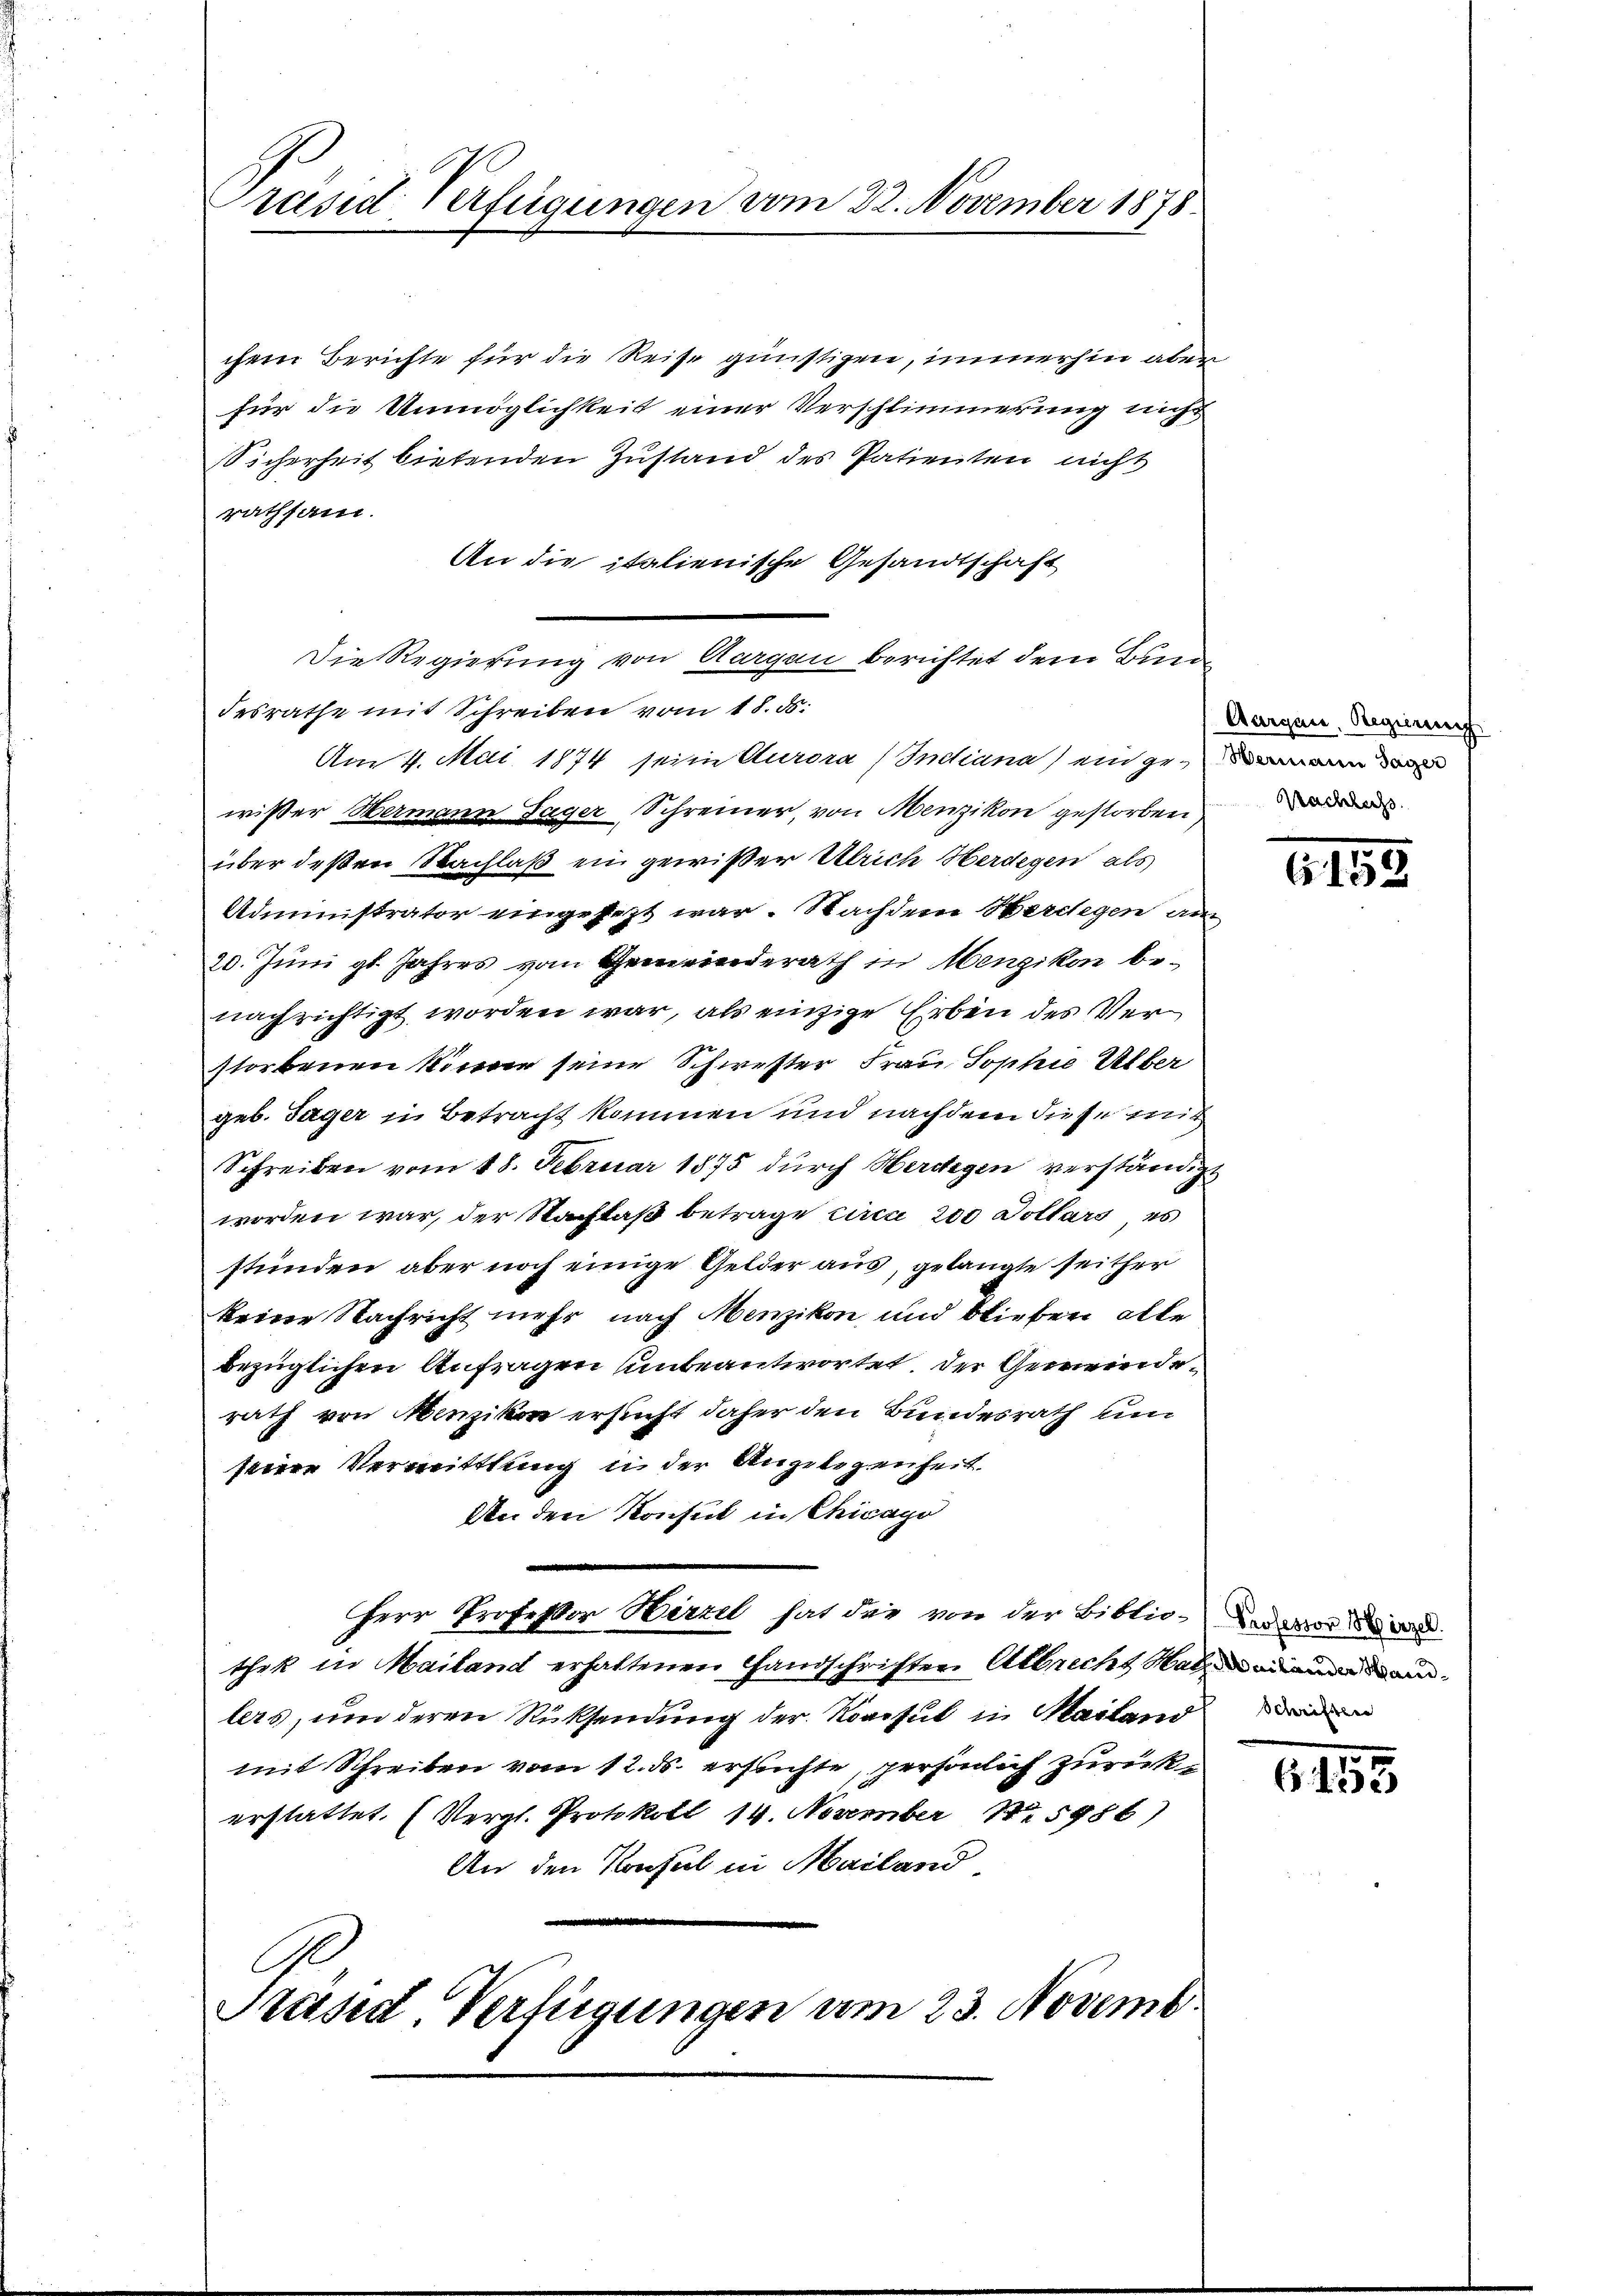
räsid Verfügungen vom 22. November 1878.

chem Berichte für die Reise günstigen, immerhin aber
für die Unmöglichkeit einer Verschlimmerung nicht
sicherheit bietenden Zustand des Patienten nicht
rathsam.
An die italienische Gesandtschaft
Die Regierung von Acargen berichtet dem Bunde
desrathe mit Schreiben vom 18. ds.
Am 4. Mai 1874 seine Aurora / Indiana ein gen
wißer Hermann Gager Schreiner, von Menzikon gestorben
über deßen Nachlaß ein gewißer Ulrich Herdegen als
Administrator eingesezt war. Nachdem Herdegen am
20. Juni gl. Jahres vom Gemeinderath in Menzikon benach richtigt worden war, als einzige Erben des Verstorbenen könne seine Schwester Frau Sophie Über
geb. Täger in Betracht kommen und nachdem diese mit
Schreiben vom 18. Februar 1875 durch Herdegen verständigt
worden war, der Nachlaß betrage circa 200 Dollars es
stünden, aber noch einige Gelder aus, gelangte seither
keine Nachricht mehr nach Menzikon und blieben alle
bezüglichen Anfragen unbeantwortet der Gemeinderath von Menzikon ersucht daher den Bundesrath um
seine Vermittlung in der Angelegenheit.
An den Konsul in Chicago
Herr Professor Hirzel hat die von der Biblio- und vor di
thek in Mailand erhaltenen Handschriften Albrecht Salmanne dann
lers, um deren Rücksendung der Roactut in Mailand
mit Schreiben vom 12. ds. ersuchte, persönlich zurückerstattet. (Vergl. Protokoll 14. November No 5986)
An den Konsul in Mailand
G
Präsid. Verfügungen am 23. Novemb.

Aurgau, Regierung
Machlachs

1155

6155